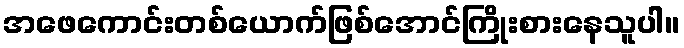
အဖေကောင်းတစ်ယောက်ဖြစ်အောင်ကြိုးစားနေသူပါ။